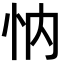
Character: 𢗉